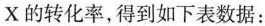
X的转化率，得到如下表数据：